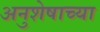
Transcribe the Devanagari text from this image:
अनुशेषाच्या